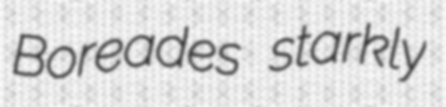
Boreades starkly